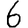
Digit: 6